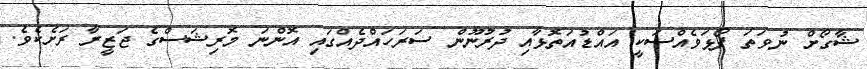
ޝާގޯށް ނުވަތަ ފޯޅަވެއްސަކީ އައްޑުއަތޮޅާއި ދުރުނޫން ސަރަހައްދެއްގައި އޮންނަ މޮރިޝަސްގެ ޖަޒީރާ ރަށެކެވެ.